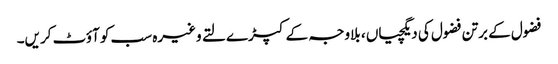
فضول کے برتن فضول کی دیگچیاں ، بلاوجہ کے کپڑے لتے وغیرہ سب کو آؤٹ کریں۔